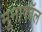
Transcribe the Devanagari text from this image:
मूनाफॉल